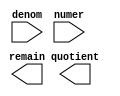
module division (
	denom,
	numer,
	quotient,
	remain);

	input	[8:0]  denom;
	input	[16:0]  numer;
	output	[16:0]  quotient;
	output	[8:0]  remain;

endmodule